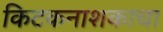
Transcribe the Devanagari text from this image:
किटकनाशकाचा